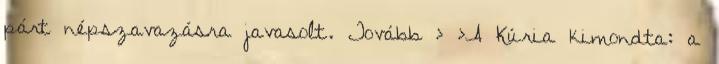
párt népszavazásra javasolt. Tovább › ›A Kúria kimondta: a